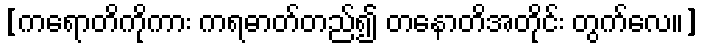
[ကရောတိကိုကား ကရဓာတ်တည်၍ တနောတိအတိုင်း တွက်လေ။]